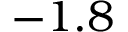
- 1 . 8